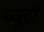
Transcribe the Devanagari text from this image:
प्यूट्नी